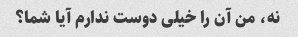
نه، من آن را خیلی دوست ندارم آیا شما؟